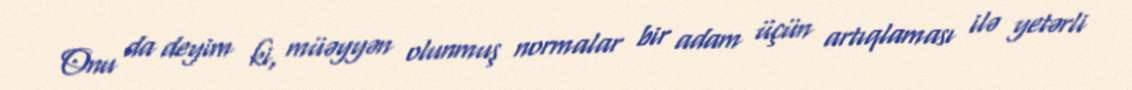
Onu da deyim ki, müəyyən olunmuş normalar bir adam üçün artıqlaması ilə yetərli